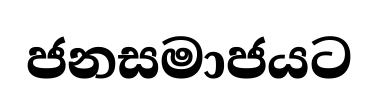
ජනසමාජයට